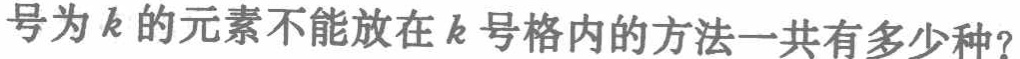
号为\(k\)的元素不能放在\(k\)号格内的方法一共有多少种？